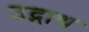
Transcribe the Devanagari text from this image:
उद्गाथ